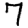
Digit: 7